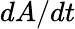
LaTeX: dA/dt